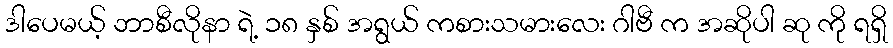
ဒါပေမယ့် ဘာစီလိုနာ ရဲ့ ၁၈ နှစ် အရွယ် ကစားသမားလေး ဂါဗီ က အဆိုပါ ဆု ကို ရရှိ